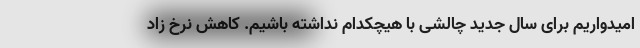
امیدواریم برای سال جدید چالشی با هیچکدام نداشته باشیم. کاهش نرخ زاد